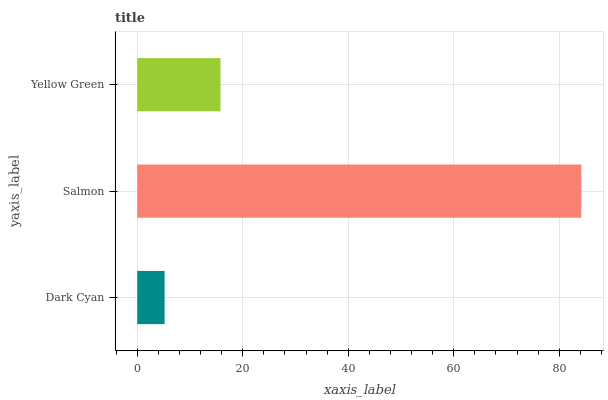
| yaxis_label | bars |
 | --- | --- |
 | Dark Cyan | 5.19 |
 | Salmon | 84.2 |
 | Yellow Green | 15.8 |